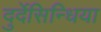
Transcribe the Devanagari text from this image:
दुर्देसिन्धिया